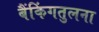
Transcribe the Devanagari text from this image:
बैंकिंगतुलना